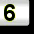
Digit: 6